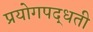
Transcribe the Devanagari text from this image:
प्रयोगपद्धती